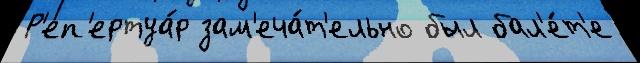
Р'еп'ертуа́р зам'еча́т'ельно был бал'е́т'е